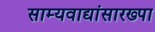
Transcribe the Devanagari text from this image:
साम्यवाद्यांसारख्पा